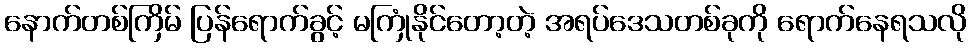
နောက်တစ်ကြိမ် ပြန်ရောက်ခွင့် မကြုံနိုင်တော့တဲ့ အရပ်ဒေသတစ်ခုကို ရောက်နေရသလို